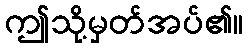
ဤသို့မှတ်အပ်၏။